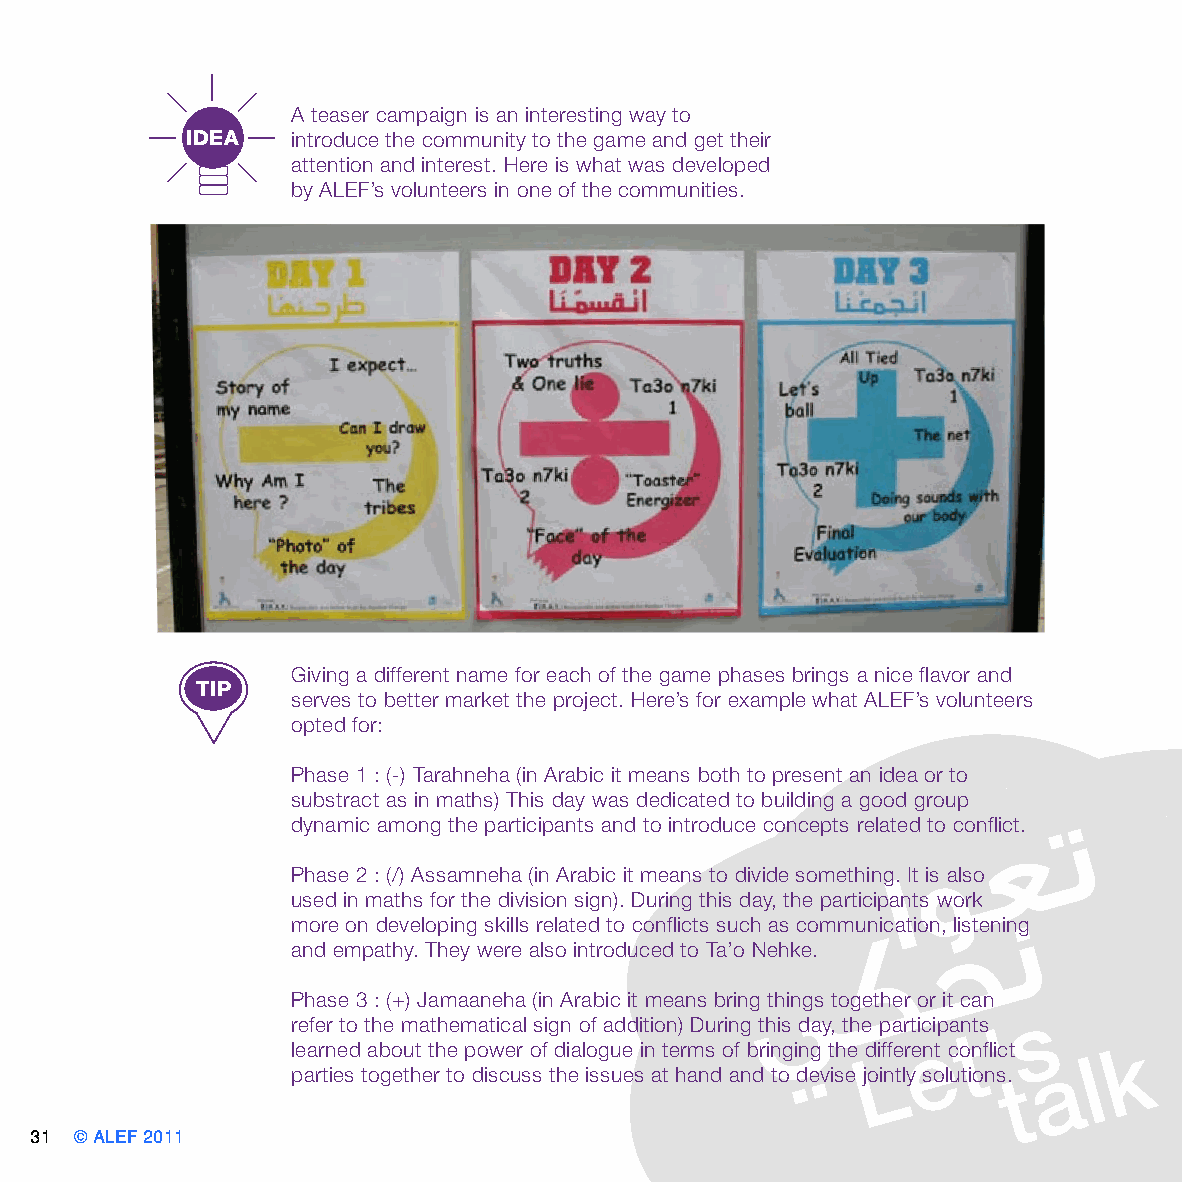
A teaser campaign is an interesting way to
 IDEA   introduce the community to the game and get their
 attention and interest. Here is what was developed
 by ALEF’s volunteers in one of the communities.
 Giving a different name for each of the game phases brings a nice flavor and
 TIP
 serves to better market the project. Here’s for example what ALEF’s volunteers
 opted for:
 Phase 1 : (-) Tarahneha (in Arabic it means both to present an idea or to
 substract as in maths) This day was dedicated to building a good group
 dynamic among the participants and to introduce concepts related to conflict.
 Phase 2 : (/) Assamneha (in Arabic it means to divide something. It is also
 used in maths for the division sign). During this day, the participants work
 more on developing skills related to conflicts such as communication, listening
 and empathy. They were also introduced to Ta’o Nehke.
 Phase 3 : (+) Jamaaneha (in Arabic it means bring things together or it can
 refer to the mathematical sign of addition) During this day, the participants
 learned about the power of dialogue in terms of bringing the different conflict
 parties together to discuss the issues at hand and to devise jointly solutions.
 31 © ALEF 2011